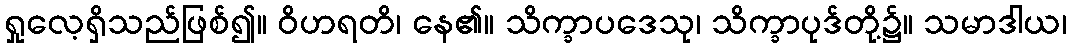
ရှုလေ့ရှိသည်ဖြစ်၍။ ဝိဟရတိ၊ နေ၏။ သိက္ခာပဒေသု၊ သိက္ခာပုဒ်တို့၌။ သမာဒါယ၊